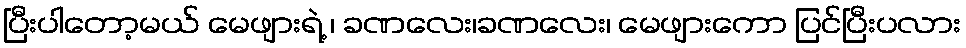
ပြီးပါတော့မယ် မေဖျားရဲ့ ၊ ခဏလေး၊ခဏလေး၊ မေဖျားကော ပြင်ပြီးပလား